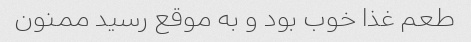
طعم غذا خوب بود و به موقع رسید ممنون